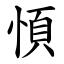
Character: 㥧